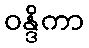
ဝန္ဒိကာ